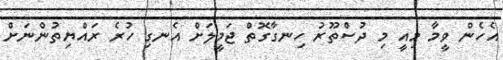
އެހެން ވީމާ މިއީ މި ދުސްތޫރު ހިނގާގޮތް ޖަމީލަށް އެނގި ހުރެ ރައްޔިތުންނަށް